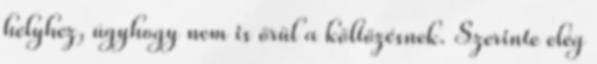
helyhez, úgyhogy nem is örül a költözésnek. Szerinte elég